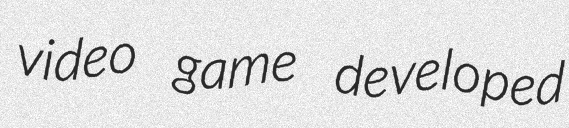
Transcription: video game developed